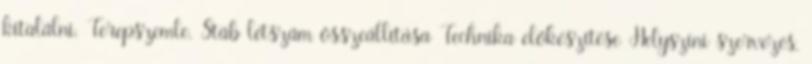
kitalálni. Terepszemle. Stáb létszám összeállítása Technika előkészítése Helyszíni szervezés,